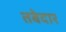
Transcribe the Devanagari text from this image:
तबेदार